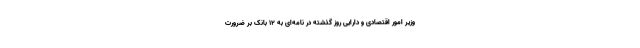
وزیر امور اقتصادی و دارایی روز گذشته در نامه‌ای به ۱۲ بانک بر ضرورت